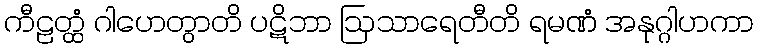
ကီဠတ္ထံ ဂါဟေတွာတိ ပဋိဘာ ဩသာရေတီတိ ရမဏံ အနုဂ္ဂါဟကာ